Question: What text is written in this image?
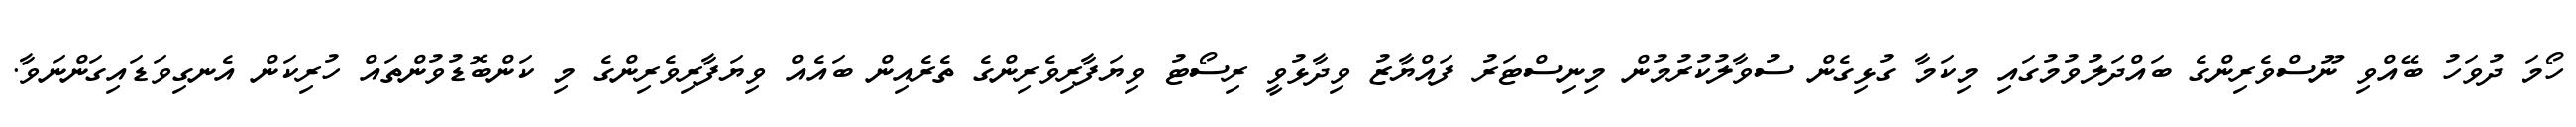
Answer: ހޯމަ ދުވަހު ބޭއްވި ނޫސްވެރިންގެ ބައްދަލުވުމުގައި މިކަމާ ގުޅިގެން ސުވާލުކުރުމުން މިނިސްޓަރު ފައްޔާޒު ވިދާޅުވީ ރިސޯޓު ވިޔަފާރިވެރިންގެ ތެރެއިން ބައެއް ވިޔަފާރިވެރިންގެ މި ކަންބޮޑުވުންތައް ހުރިކަން އެނގިވަޑައިގަންނަވާ.